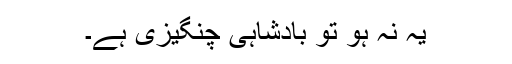
یہ نہ ہو تو بادشاہی چنگیزی ہے۔